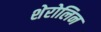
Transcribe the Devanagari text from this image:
शेरोलिन